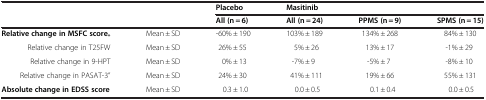
<table><thead><tr><td><b> </b></td><td><b> </b></td><td><b>Placebo</b></td><td><b>Masitinib</b></td><td><b> </b></td><td><b> </b></td></tr><tr><td><b> </b></td><td><b> </b></td><td><b>All (n = 6)</b></td><td><b>All (n = 24)</b></td><td><b>PPMS (n = 9)</b></td><td><b>SPMS (n = 15)</b></td></tr></thead><tbody><tr><td><b>Relative change in MSFC score</b><sub><b>*</b></sub></td><td>Mean ± SD</td><td>-60% ± 190</td><td>103% ± 189</td><td>134% ± 268</td><td>84% ± 130</td></tr><tr><td>Relative change in T25FW</td><td>Mean ± SD</td><td>26% ± 55</td><td>5% ± 26</td><td>13% ± 17</td><td>-1% ± 29</td></tr><tr><td>Relative change in 9-HPT</td><td>Mean ± SD</td><td>0% ± 13</td><td>-7% ± 9</td><td>-5% ± 7</td><td>-8% ± 10</td></tr><tr><td>Relative change in PASAT-3”</td><td>Mean ± SD</td><td>24% ± 30</td><td>41% ± 111</td><td>19% ± 66</td><td>55% ± 131</td></tr><tr><td><b>Absolute change in EDSS score</b></td><td>Mean ± SD</td><td>0.3 ± 1.0</td><td>0.0 ± 0.5</td><td>0.1 ± 0.4</td><td>0.0 ± 0.5</td></tr></tbody></table>